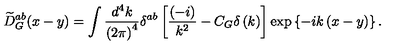
\widetilde { D } _ { G } ^ { a b } ( x - y ) = \int \frac { d ^ { 4 } k } { \left( 2 \pi \right) ^ { 4 } } \delta ^ { a b } \left[ \frac { \left( - i \right) } { k ^ { 2 } } - C _ { G } \delta \left( k \right) \right] \exp \left\{ - i k \left( x - y \right) \right\} .